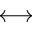
\longleftrightarrow